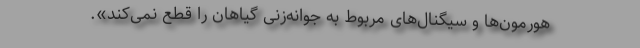
هورمون‌ها و سیگنال‌های مربوط به جوانه‌زنی گیاهان را قطع نمی‌کند».